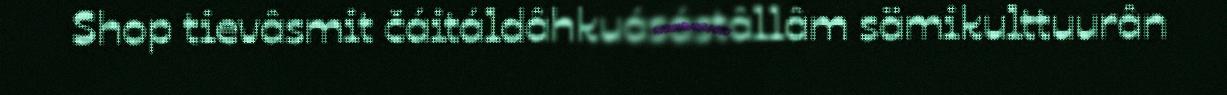
Shop tievâsmit čáitáldâhkuásástâllâm sämikulttuurân